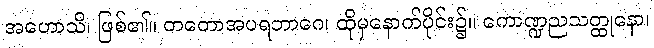
အဟောသိ၊ ဖြစ်၏။ တတောအပရဘာဂေ၊ ထိုမှနောက်ပိုင်း၌။ ကောဏ္ဍညသတ္ထုနော၊